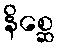
နိစ္ဆေ